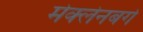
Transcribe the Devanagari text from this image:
मेक्लेनबर्ग